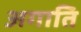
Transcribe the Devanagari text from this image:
अगाति